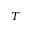
T